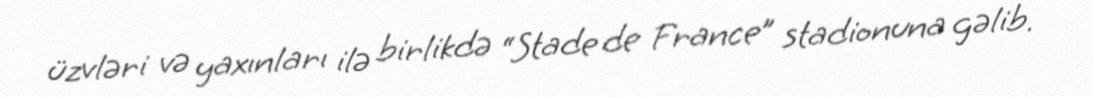
üzvləri və yaxınları ilə birlikdə “Stade de France” stadionuna gəlib.